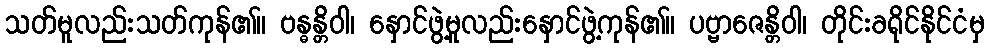
သတ်မူလည်းသတ်ကုန်၏။ ဗန္ဓန္တိဝါ၊ နှောင်ဖွဲ့မူလည်းနှောင်ဖွဲ့ကုန်၏။ ပဗ္ဗာဇေန္တိဝါ၊ တိုင်းခရိုင်နိုင်ငံမှ